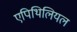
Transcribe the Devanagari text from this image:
एपिथिलियल